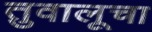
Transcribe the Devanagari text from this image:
तुवालूचा